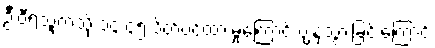
ဦးဝီရသူကဲ့သို့ ၁၄:၄၅ ပိတ်ပင်ထားမှုကြောင့် ပျံ့နှံ့သွားခြင်းကြောင့်